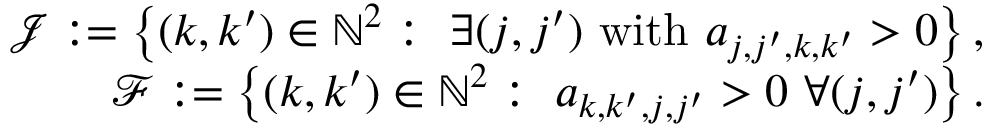
\begin{array} { r } { \mathcal { J } : = \left\lbrace ( k , k ^ { \prime } ) \in { \mathbb N } ^ { 2 } : \ \exists ( j , j ^ { \prime } ) \mathrm { ~ w i t h ~ } a _ { j , j ^ { \prime } , k , k ^ { \prime } } > 0 \right\rbrace , } \\ { \mathcal { F } : = \left\lbrace ( k , k ^ { \prime } ) \in { \mathbb N } ^ { 2 } : \ a _ { k , k ^ { \prime } , j , j ^ { \prime } } > 0 \ \forall ( j , j ^ { \prime } ) \right\rbrace . } \end{array}